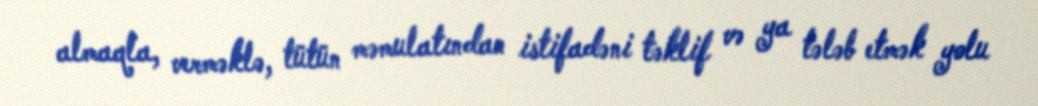
almaqla, verməklə, tütün məmulatından istifadəni təklif və ya tələb etmək yolu